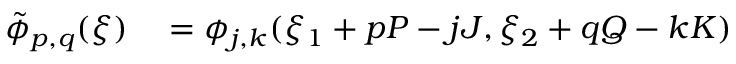
\begin{array} { r l } { \tilde { \phi } _ { p , q } ( \boldsymbol { \xi } ) } & { { } = \phi _ { j , k } ( \xi _ { 1 } + p P - j J , \xi _ { 2 } + q Q - k K ) } \end{array}